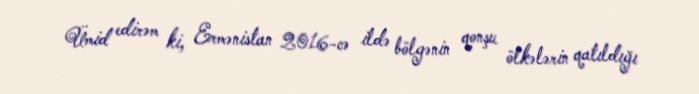
Ümid edirəm ki, Ermənistan 2016-cə ildə bölgənin qonşu ölkələrin qatıldığı